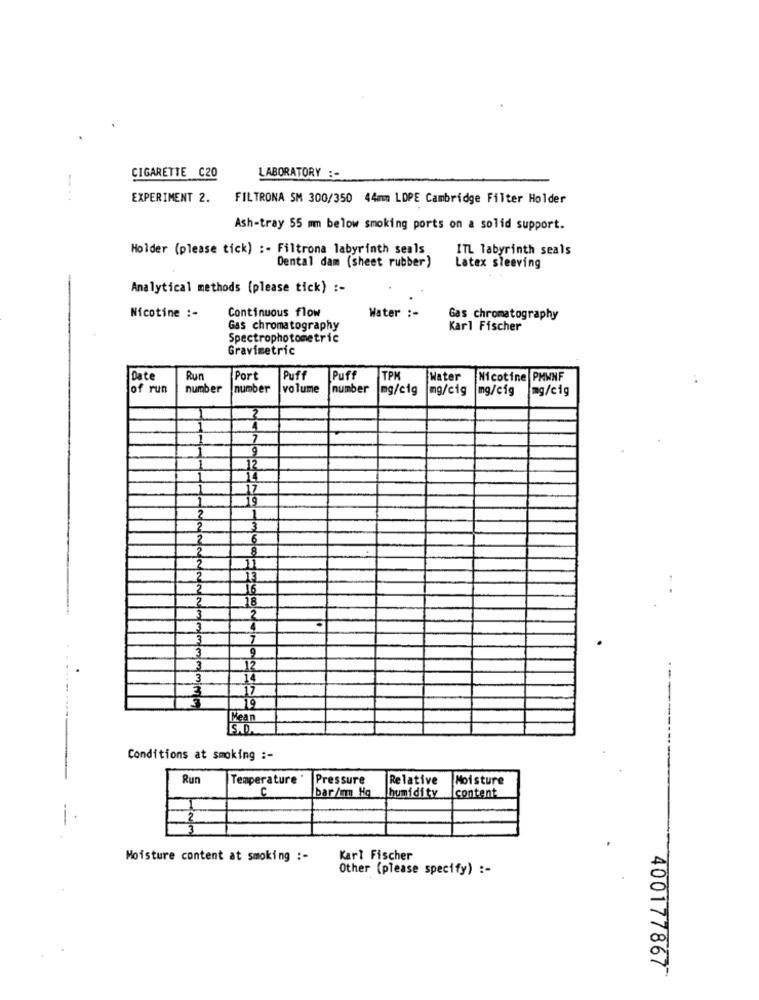
CIGARETTE C20
LABORATORY :-
...
EXPERIMENT 2.
FILTRONA SM 300/350 44mm LDPE Cambridge Filter Holder
Ash-tray 55 mm below smoking ports on a solid support.
Holder (please tick) :- Filtrona labyrinth seals
ITL labyrinth seals
Dental dam (sheet rubber)
Latex sleeving
Analytical methods (please tick) :-
Continuous flow
Water :-
Nicotine :-
Gas chromatography
Gas chromatography
Karl Fischer
Spectrophotometric
Gravimetric
Date
Run
Port
Puff
Puff
TPM
Water
Nicotine PHWNF
of run
number
number
volume
number
mg/e1g
[mg/cig
mg/cig
mg/cig
2
19
12
3333333
19
Mean
S.D.
Conditions at smoking :-
Run
Temperature
Pressure
Relative
Moisture
C
humidity
content
bar/mm Hg
Moisture content at smoking :-
Karl Fischer
Other (please specify) :-
400177867